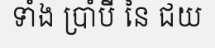
ទាំង ប្រាំបី នៃ ជយ